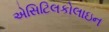
એસિટિલકોલાઇન